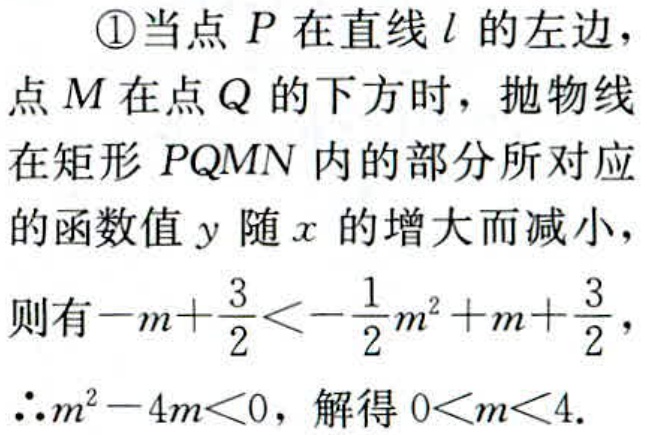
\textcircled{1}当点\(P\)在直线\(l\)的左边，点\(M\)在点\(Q\)的下方时，抛物线在矩形\(PQMN\)内的部分所对应的函数值\(y\)随\(x\)的增大而减小，则有\(-m + \frac{3}{2} < -\frac{1}{2}m^{2} + m + \frac{3}{2}\)，\(\therefore m^{2}-4m < 0\)，解得\(0 < m < 4\).